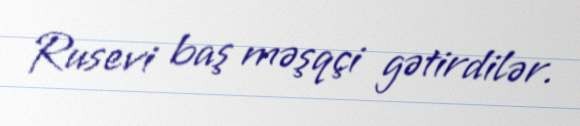
Rusevi baş məşqçi gətirdilər.